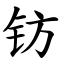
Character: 钫